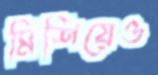
মিশিয়েও